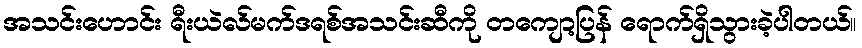
အသင်းဟောင်း ရီးယဲလ်မက်ဒရစ်အသင်းဆီကို တကျော့ပြန် ရောက်ရှိသွားခဲ့ပါတယ်။